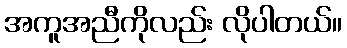
အကူအညီကိုလည်း လိုပါတယ်။